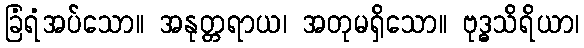
ခြံရံအပ်သော။ အနုတ္တရာယ၊ အတုမရှိသော။ ဗုဒ္ဓသိရိယာ၊